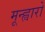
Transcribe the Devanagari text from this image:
मून्ह्वारो